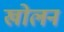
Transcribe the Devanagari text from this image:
खोलन